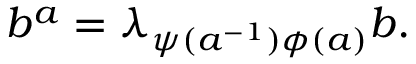
b ^ { a } = \lambda _ { \psi ( a ^ { - 1 } ) \phi ( a ) } b .